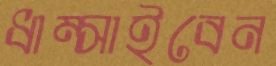
ধাম্‌সাইবেন